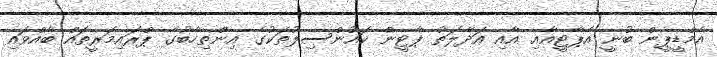
އެމްޑީޕީން ބުނީ އެޕާޓީއާއި އާއި އަދާލަތު ޕާޓީން ކައުންސިލުތަކުގެ އިންތިހާބުގެ ޕްރައިމަރީތައް ބާއްވައި